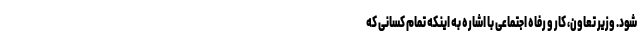
شود. وزیر تعاون، کار و رفاه اجتماعی با اشاره به اینکه تمام کسانی که